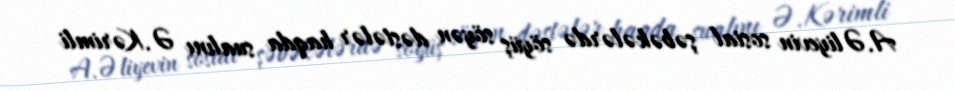
A.Əliyevin sosial şəbəkələrdə söyüş söyən dəstələr haqda sualını Ə.Kərimli